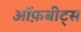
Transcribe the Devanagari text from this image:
ऑफ़बीट्स